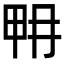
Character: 𤱋